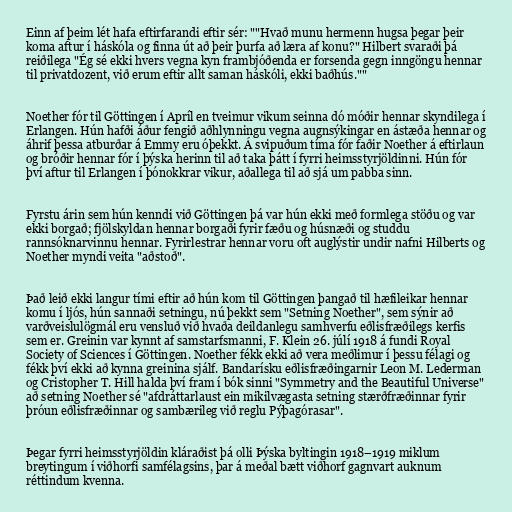
Einn af þeim lét hafa eftirfarandi eftir sér: ""Hvað munu hermenn hugsa þegar þeir
koma aftur í háskóla og finna út að þeir þurfa að læra af konu?" Hilbert svaraði þá
reiðilega "Ég sé ekki hvers vegna kyn frambjóðenda er forsenda gegn inngöngu hennar
til privatdozent, við erum eftir allt saman háskóli, ekki baðhús.""

Noether fór til Göttingen í Apríl en tveimur vikum seinna dó móðir hennar skyndilega í
Erlangen. Hún hafði áður fengið aðhlynningu vegna augnsýkingar en ástæða hennar og
áhrif þessa atburðar á Emmy eru óþekkt. Á svipuðum tíma fór faðir Noether á eftirlaun
og bróðir hennar fór í þýska herinn til að taka þátt í fyrri heimsstyrjöldinni. Hún fór
því aftur til Erlangen í þónokkrar vikur, aðallega til að sjá um pabba sinn.

Fyrstu árin sem hún kenndi við Göttingen þá var hún ekki með formlega stöðu og var
ekki borgað; fjölskyldan hennar borgaði fyrir fæðu og húsnæði og studdu
rannsóknarvinnu hennar. Fyrirlestrar hennar voru oft auglýstir undir nafni Hilberts og
Noether myndi veita "aðstoð".

Það leið ekki langur tími eftir að hún kom til Göttingen þangað til hæfileikar hennar
komu í ljós, hún sannaði setningu, nú þekkt sem "Setning Noether", sem sýnir að
varðveislulögmál eru vensluð við hvaða deildanlegu samhverfu eðlisfræðilegs kerfis
sem er. Greinin var kynnt af samstarfsmanni, F. Klein 26. júlí 1918 á fundi Royal
Society of Sciences í Göttingen. Noether fékk ekki að vera meðlimur í þessu félagi og
fékk því ekki að kynna greinina sjálf. Bandarísku eðlisfræðingarnir Leon M. Lederman
og Cristopher T. Hill halda því fram í bók sinni "Symmetry and the Beautiful Universe"
að setning Noether sé "afdráttarlaust ein mikilvægasta setning stærðfræðinnar fyrir
þróun eðlisfræðinnar og sambærileg við reglu Pýþagórasar".

Þegar fyrri heimsstyrjöldin kláraðist þá olli Þýska byltingin 1918–1919 miklum
breytingum í viðhorfi samfélagsins, þar á meðal bætt viðhorf gagnvart auknum
réttindum kvenna.